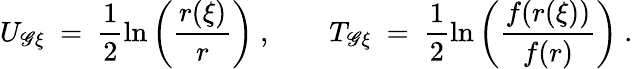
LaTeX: U_{\mathscr{G}\xi}\ =\ \frac{{1}}{{2}}\ln\left(\frac{{r(\xi)}}{{r}}\right)\ ,\ \ \ \ \ \ \ \ T_{\mathscr{G}\xi}\ =\ \frac{{1}}{{2}}\ln\left(\frac{{f(r(\xi))}}{{f(r)}}\right)\ .